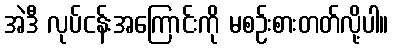
အဲဒီ လုပ်ငန်းအကြောင်းကို မစဉ်းစားတတ်လို့ပါ။